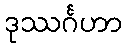
ဒုဿင်္ဂဟာ